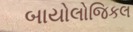
બાયોલોજિકલ